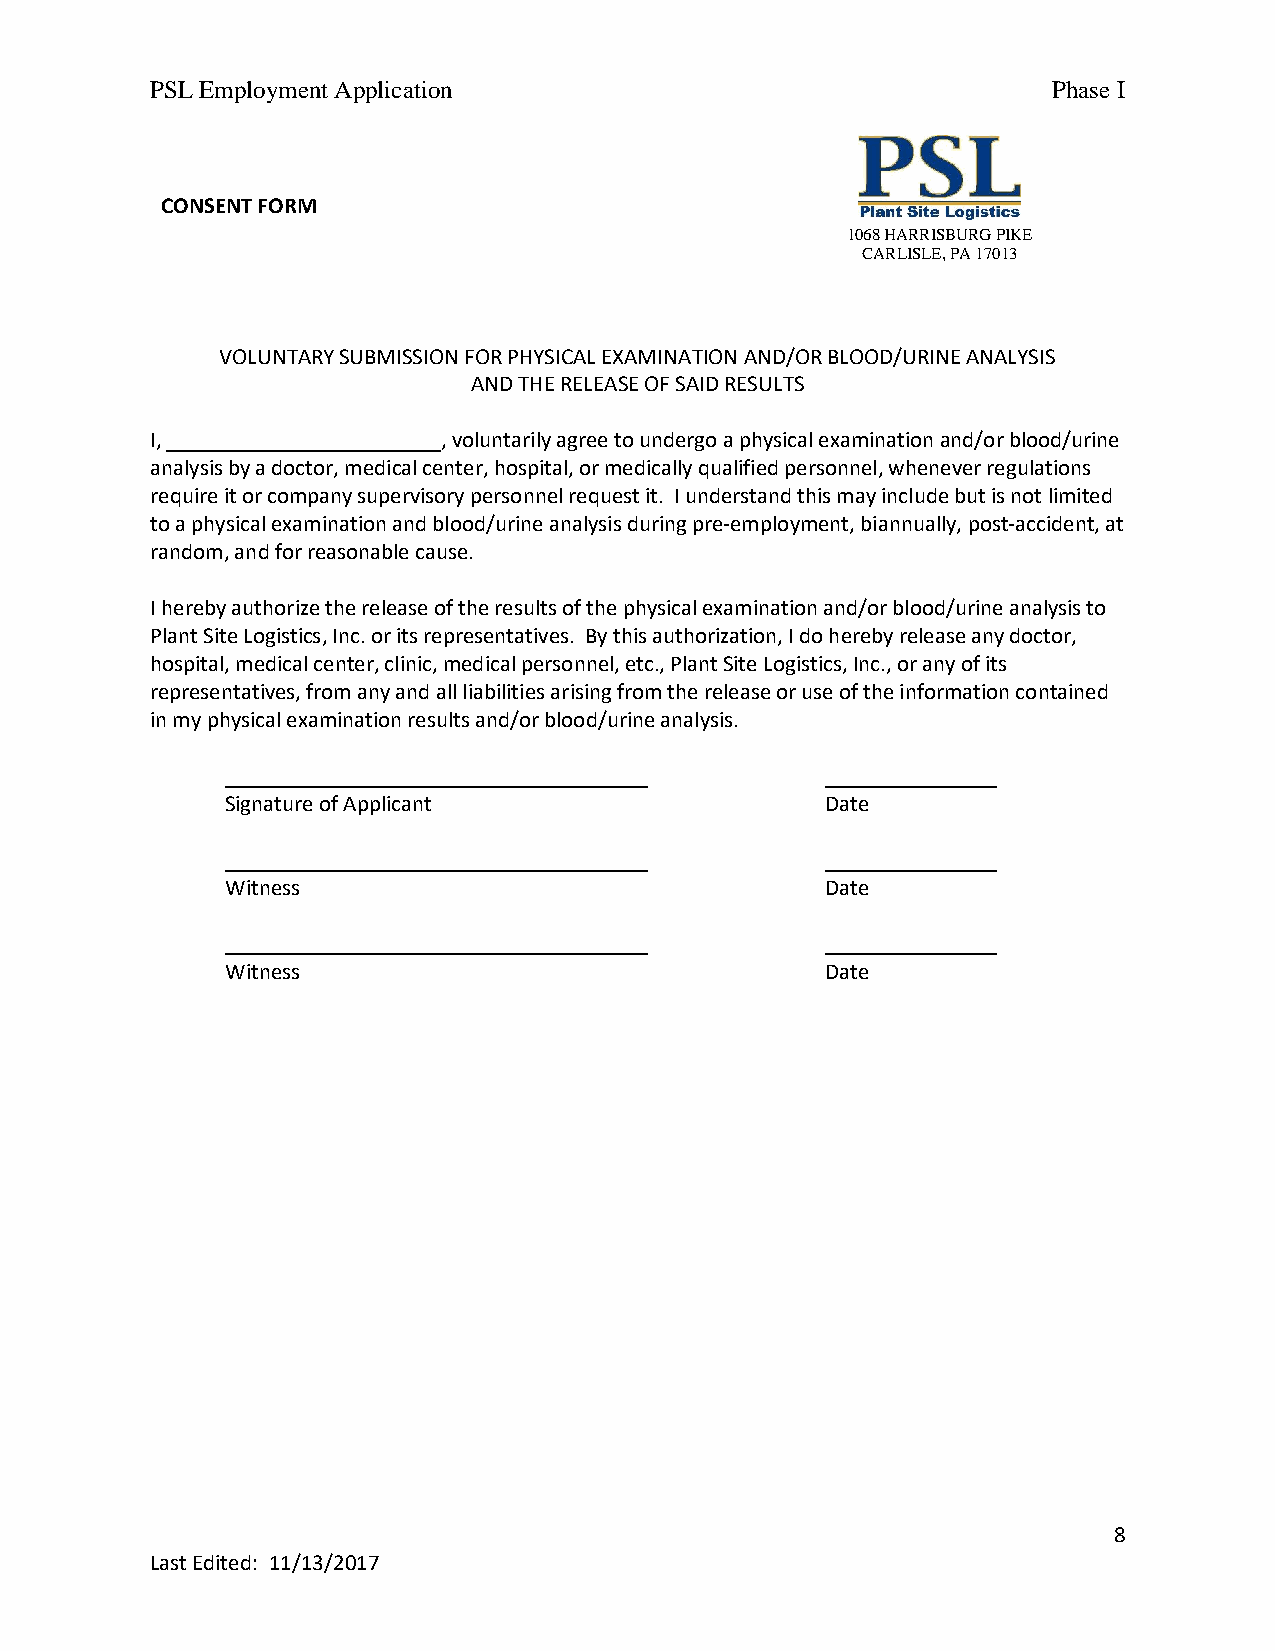
PSL Employment Application                                  Phase I
 CONSENT FORM
 1068 HARRISBURG PIKE
 CARLISLE, PA 17013
 VOLUNTARY SUBMISSION FOR PHYSICAL EXAMINATION AND/OR BLOOD/URINE ANALYSIS
 AND THE RELEASE OF SAID RESULTS
 I, ________________________, voluntarily agree to undergo a physical examination and/or blood/urine
 analysis by a doctor, medical center, hospital, or medically qualified personnel, whenever regulations
 require it or company supervisory personnel request it. I understand this may include but is not limited
 to a physical examination and blood/urine analysis during pre-employment, biannually, post-accident, at
 random, and for reasonable cause.
 I hereby authorize the release of the results of the physical examination and/or blood/urine analysis to
 Plant Site Logistics, Inc. or its representatives. By this authorization, I do hereby release any doctor,
 hospital, medical center, clinic, medical personnel, etc., Plant Site Logistics, Inc., or any of its
 representatives, from any and all liabilities arising from the release or use of the information contained
 in my physical examination results and/or blood/urine analysis.
 _____________________________________   _______________
 Signature of Applicant                  Date
 _____________________________________   _______________
 Witness                                 Date
 _____________________________________   _______________
 Witness                                 Date
 8
 Last Edited: 11/13/2017